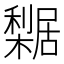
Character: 𣞴